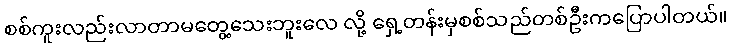
စစ်ကူးလည်းလာတာမတွေ့သေးဘူးလေ လို့ ရှေ့တန်းမှစစ်သည်တစ်ဦးကပြောပါတယ်။